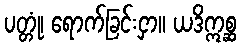
ပတ္တုံ၊ ရောက်ခြင်းငှာ။ ယဒိဣစ္ဆ